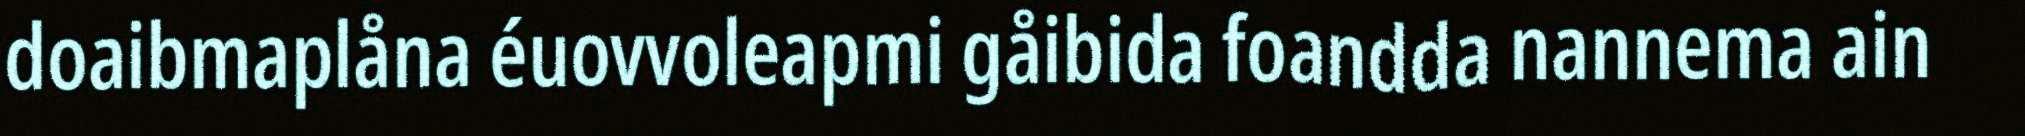
doaibmaplåna éuovvoleapmi gåibida foandda nannema ain